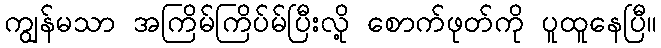
ကျွန်မသာ အကြိမ်ကြိပ်မ်ပြီးလို့ စောက်ဖုတ်ကို ပူထူနေပြီ။